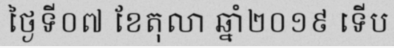
ថ្ងៃទី០៧ ខែតុលា ឆ្នាំ២០១៩ ទើប